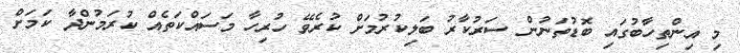
މި އިންތިހާބުގައި ބޮޑުތަނުން ސަރުކާރު ބަލިކުރުމަށް ކުރެވޭ ހުރިހާ މަސައްކަތެއް ކުރަމުންދާ ކަަމަށް